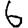
Digit: 6